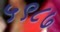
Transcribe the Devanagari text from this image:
५९८७